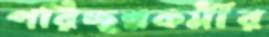
পরিচ্ছন্নকর্মীর